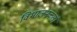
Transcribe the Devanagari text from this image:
विभाजनकर्ता